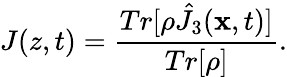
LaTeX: J(z,t)={\frac{Tr[\rho\hat{J}_{3}({\mathbf x},t)]}{Tr[\rho]}}.